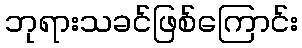
ဘုရားသခင်ဖြစ်ကြောင်း